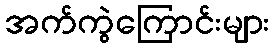
အက်ကွဲကြောင်းများ